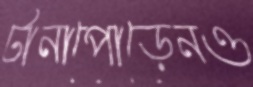
টানাপোড়েনও